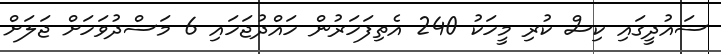
ސައުދީގައި ކިސް ކުރި މީހަކު 240 އެތިފަހަރުން ހައްދުޖަހައި 6 މަސްދުވަހަށް ޖަލަށް